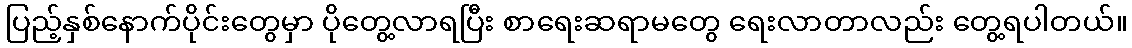
ပြည့်နှစ်နောက်ပိုင်းတွေမှာ ပိုတွေ့လာရပြီး စာရေးဆရာမတွေ ရေးလာတာလည်း တွေ့ရပါတယ်။